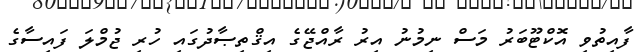
ފާއިތުވި އޮކްޓޫބަރު މަސް ނިމުނު އިރު ރާއްޖޭގެ އިޤްތިޞާދުގައި ހުރި ޖުމްލަ ފައިސާގެ